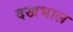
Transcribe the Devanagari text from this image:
दखभाल